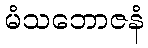
မံသဘောဇနံ